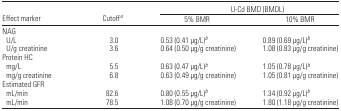
<table><thead><tr><td></td><td></td><td colspan="2"><b>U-Cd BMD (BMDL)</b></td></tr><tr><td><b>Effect marker</b></td><td><b>Cutoffa</b></td><td><b>5% BMR</b></td><td><b>10% BMR</b></td></tr></thead><tbody><tr><td colspan="4">NAG</td></tr><tr><td> U/L</td><td>3.0</td><td>0.53 (0.41 μg/L)b</td><td>0.89 (0.69 μg/L)b</td></tr><tr><td> U/g creatinine</td><td>3.6</td><td>0.64 (0.50 μg/g creatinine)</td><td>1.08 (0.83 μg/g creatinine)</td></tr><tr><td colspan="4">Protein HC</td></tr><tr><td> mg/L</td><td>5.5</td><td>0.63 (0.47 μg/L)b</td><td>1.05 (0.78 μg/L)b</td></tr><tr><td> mg/g creatinine</td><td>6.8</td><td>0.63 (0.49 μg/g creatinine)</td><td>1.05 (0.81 μg/g creatinine)</td></tr><tr><td colspan="4">Estimated GFR</td></tr><tr><td> mL/min</td><td>82.6</td><td>0.80 (0.55 μg/L)b</td><td>1.34 (0.92 μg/L)b</td></tr><tr><td> mL/min</td><td>78.5</td><td>1.08 (0.70 μg/g creatinine)</td><td>1.80 (1.18 μg/g creatinine)</td></tr></tbody></table>